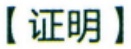
【证明】